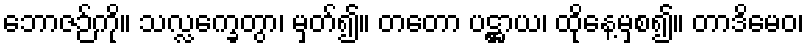
ဘောဇဉ်ကို။ သလ္လက္ခေတွာ၊ မှတ်၍။ တတော ပဋ္ဌာယ၊ ထိုနေ့မှစ၍။ တာဒိမေဝ၊